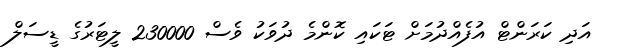
އަދި ކަރަންޓް އުފެއްދުމަށް ޓަކައި ކޮންމެ ދުވަކު ވެސް 230000 ލީޓަރުގެ ޑީސަލް